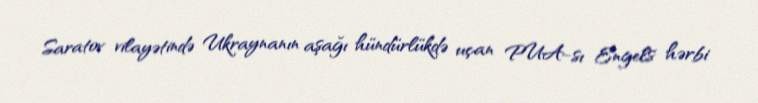
Saratov vilayətində Ukraynanın aşağı hündürlükdə uçan PUA-sı Engels hərbi